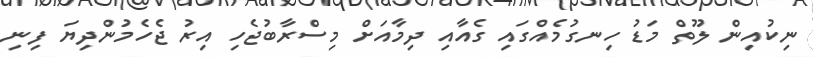
ނިކުއިން ލޫތް މަޑު ހިނގުމެއްގައި ގެއާއި ދިމާއަށް މިސްރާބުޖެހި އިރު ޖެހެމުންދިޔަ ފިނި